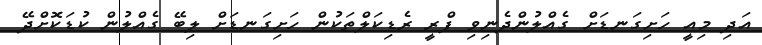
އަދި މިއީ ހަށިގަނޑަށް ގެއްލުންދެނިވި ފްރީ ރެޑިކަލްތަކުން ހަށިގަނޑަށް ލިބޭ ގެއްލުން ކުޑަކޮށްދޭ